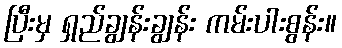
ပြီးမှ ရှည်ချွန်းချွန်း ကမ်းပါးစွန်း။